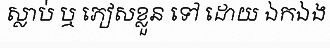
ស្លាប់ ឬ ភៀសខ្លួន ទៅ ដោយ ឯកឯង